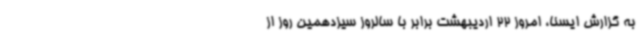
به گزارش ایسنا، امروز 22 اردیبهشت برابر با سالروز سیزدهمین روز از